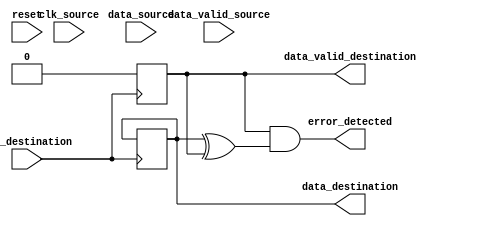
module BurstSynchronizer (
    input wire clk_source,      // Source clock
    input wire clk_destination, // Destination clock
    input wire reset,           // Reset signal
    input wire data_valid_source,   // Data valid signal from source domain
    input wire [DATA_WIDTH-1:0] data_source, // Data from source domain
    output wire data_valid_destination,  // Data valid signal to destination domain
    output reg [DATA_WIDTH-1:0] data_destination, // Data to destination domain
    output wire error_detected      // Error detection signal
);

parameter DATA_WIDTH = 8;   // Data width in bits
parameter FIFO_DEPTH = 16;  // Depth of FIFO buffer

reg [DATA_WIDTH-1:0] fifo_buffer [0:FIFO_DEPTH-1];
reg head = 0;
reg tail = 0;
reg fifo_full = 0;

// Reset FIFO buffer
always @(posedge clk_destination or posedge reset) begin
    if (reset) begin
        head <= 0;
        tail <= 0;
        fifo_full <= 0;
    end
end

// Read data from FIFO buffer
always @(posedge clk_destination) begin
    if (fifo_full) begin
        data_destination <= fifo_buffer[tail];
        data_valid_destination <= 1;
        fifo_full <= 0;
        tail <= (tail == FIFO_DEPTH-1) ? 0 : tail + 1;
    end else begin
        data_valid_destination <= 0;
    end
end

// Write data to FIFO buffer
always @(posedge clk_source) begin
    if (data_valid_source && !fifo_full) begin
        fifo_buffer[head] <= data_source;
        head <= (head == FIFO_DEPTH-1) ? 0 : head + 1;
        fifo_full <= (head == tail) ? 1 : 0;
    end
end

// Error detection mechanism (example: parity check)
assign error_detected = (data_valid_destination && (data_destination ^ data_valid_destination));

endmodule